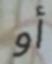
أو